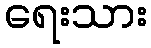
ရေးသား